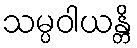
သမ္ပဝါယန္တိ